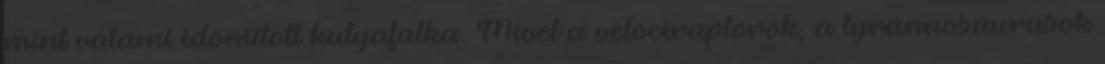
mint valami idomított kutyafalka. Mivel a velociraptorok, a tyrannosaurusok